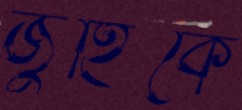
জুহিকে